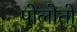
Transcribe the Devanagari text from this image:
पोलोतो